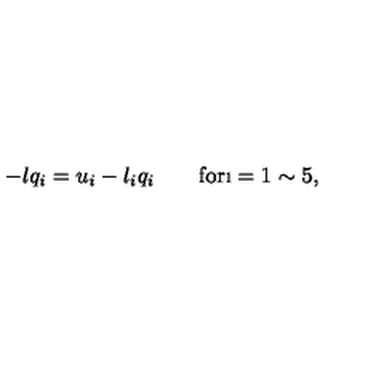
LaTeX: - l q _ { i } = u _ { i } - l _ { i } q _ { i } \quad \quad \mathrm { f o r } \i = 1 \sim 5 ,